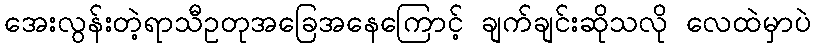
အေးလွန်းတဲ့ရာသီဥတုအခြေအနေကြောင့် ချက်ချင်းဆိုသလို လေထဲမှာပဲ